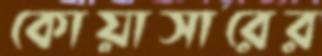
কোয়াসারের